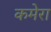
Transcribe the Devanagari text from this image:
कमेरा